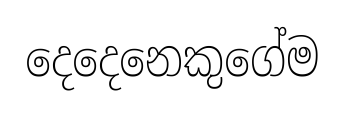
දෙදෙනෙකුගේම